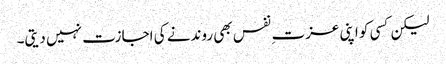
لیکن کسی کو اپنی عزت ِ نفس بھی روندنے کی اجازت نہیں دیتی۔